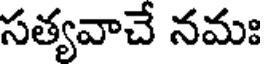
సత్యవాచే నమః